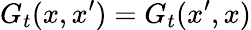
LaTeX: G_{t}(x,x^{\prime})=G_{t}(x^{\prime},x)